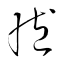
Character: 臧